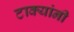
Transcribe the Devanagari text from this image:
टाक्यांनी